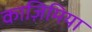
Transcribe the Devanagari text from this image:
काज़िमिया